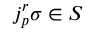
j _ { p } ^ { r } \sigma \in S